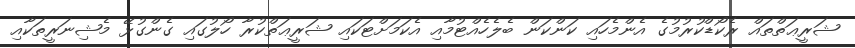
ޝަރީޢަތްތައް ރެކޯޑްކުރުމުގެ އެންމެހައި ކަންކަން ބެލެހެއްޓުމާއި އެކަމަށްޓަކައި ޝަރީޢަތްކުރާ ހޯލުގައި ގެންގުޅޭ މެޝިނަރީތަކާއި